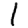
Digit: 1